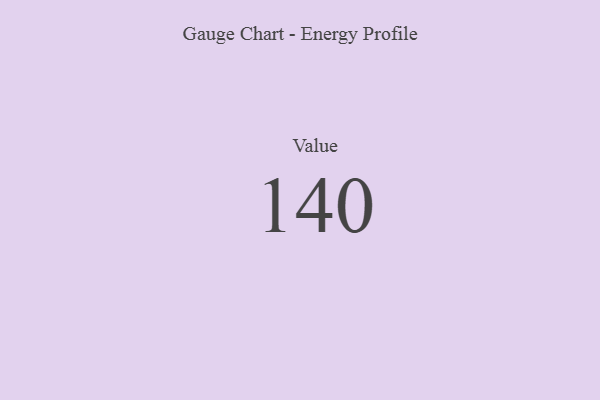
{"axis": {"x": "Metric", "y": "Value"}, "legend": [""], "data": [{"x": "Value", "y": 140, "type": ""}]}